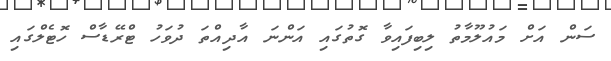
ސަން އަށް މައުލޫމާތު ލިބިފައިވާ ގޮތުގައި އަންނަ އާދިއްތަ ދުވަހު ޓްރޭޑާސް ހޮޓެލްގައި